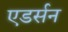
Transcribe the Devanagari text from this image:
एडर्सन